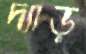
দ্যাড়